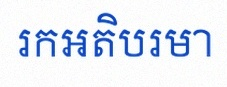
រកអតិបរមា